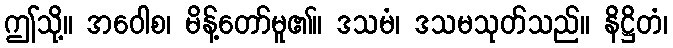
ဤသို့။ အဝေါစ၊ မိန့်တော်မူ၏။ ဒသမံ၊ ဒသမသုတ်သည်။ နိဋ္ဌိတံ၊